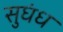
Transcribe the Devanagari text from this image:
सुघंध